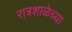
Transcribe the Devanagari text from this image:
रात्रशाळेच्या